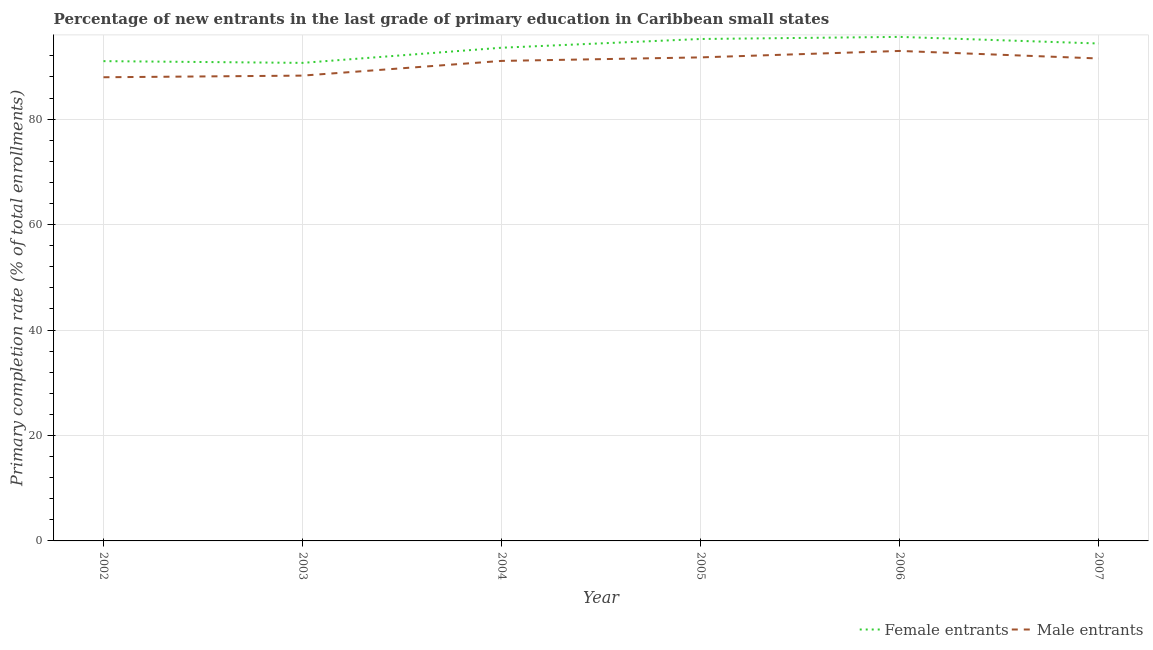
| Year | Female entrants | Male entrants |
 | --- | --- | --- |
 | 2002 | 91 | 87.9 |
 | 2003 | 90.7 | 88.2 |
 | 2004 | 93.5 | 91 |
 | 2005 | 95.2 | 91.7 |
 | 2006 | 95.6 | 92.9 |
 | 2007 | 94.3 | 91.5 |